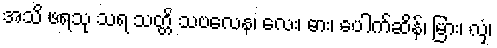
အသိ ဖရသု သရ သတ္တိ သဗလေန၊ လေး၊ ဓား၊ ပေါက်ဆိန်၊ မြား၊ လှံ၊